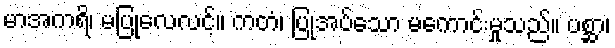
မာအကရိ၊ မပြုလေလင့်။ ကတံ၊ ပြုအပ်သော မကောင်းမှုသည်။ ပစ္ဆာ၊